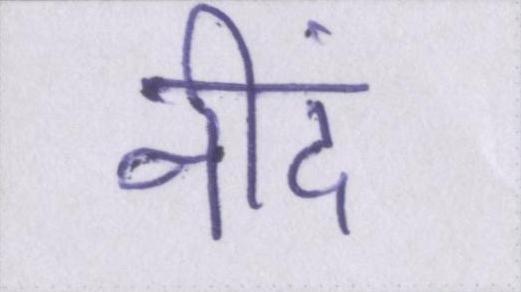
नीदं